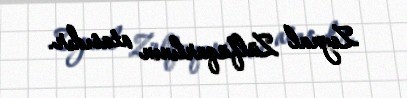
Zeynal Zülfüqarlının atasıdır.